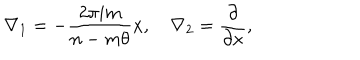
LaTeX: \nabla _ { 1 } = - \frac { 2 \pi i m } { n - m \theta } x , \quad \nabla _ { 2 } = \frac { \partial } { \partial x } ,